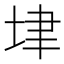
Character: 垏